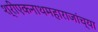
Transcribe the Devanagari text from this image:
श्रीएकनाथमहाराजांच्या